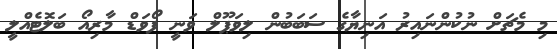
މި މެޗަށް ނުކުންނައިރު އަނިޔާގެ ސަބަބުން ލިވަޕޫލް ވަނީ ފޯވަޑް މާރިއޯ ބަލޮޓެއްލީ